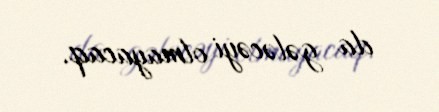
da gələcəyi olmayacaq.